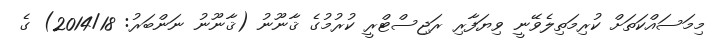
މިމަސައްކަތަށް ކުރިމަތިލެވޭނީ ވިޔަފާރި ރަޖިސްޓްރީ ކުރުމުގެ ޤާނޫނު (ޤާނޫނު ނަންބަރު: 2014/18) ގެ